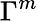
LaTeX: \Gamma^{m}